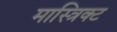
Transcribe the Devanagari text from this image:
मास्त्रिक्ट